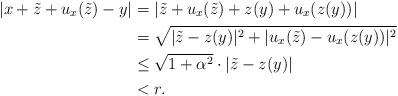
LaTeX: \begin{align*} \vert x + \tilde z +u_x(\tilde z ) - y \vert &= \vert \tilde z +u_x(\tilde z) + z(y) + u_x(z(y)) \vert\\ &= \sqrt{\vert \tilde z - z(y)\vert^2 + \vert u_x(\tilde z) - u_x(z(y)) \vert^2 }\\ &\leq \sqrt{1+\alpha^2} \cdot \vert \tilde z -z(y) \vert\\ &< r. \end{align*}